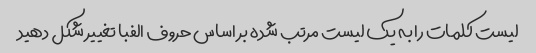
لیست کلمات را به یک لیست مرتب شده بر اساس حروف الفبا تغییر شکل دهید